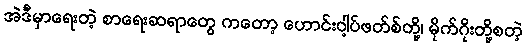
အဲဒီမှာရေးတဲ့ စာရေးဆရာတွေ ကတော့ ဟောင်းဝါ့ပ်ဖတ်စ်တို့၊ မိုက်ဂိုးတို့စတဲ့